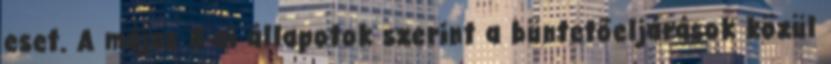
eset. A május 8-ai állapotok szerint a büntetőeljárások közül